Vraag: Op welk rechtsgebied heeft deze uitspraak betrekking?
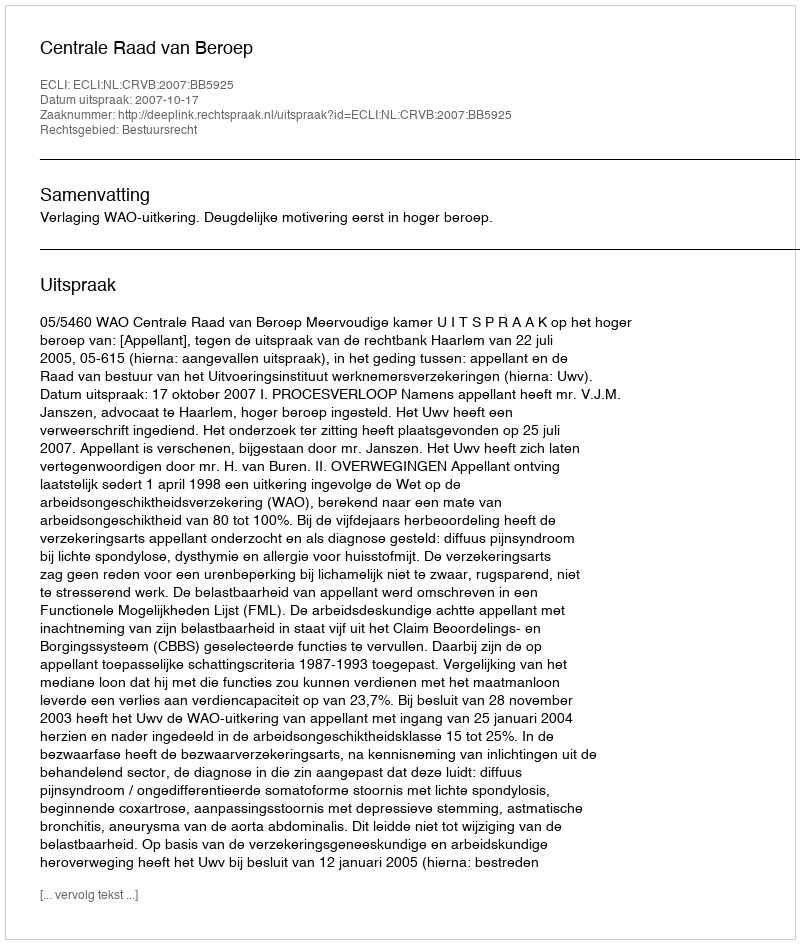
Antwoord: Bestuursrecht